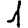
Digit: 1